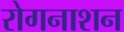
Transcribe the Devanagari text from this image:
रोगनाशन